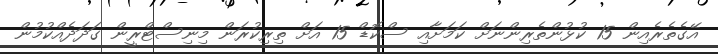
އޭގެތެރެއިން 15 ކުޅުންތެރިންނަށް ކަމަށާއި ސްކޮޑް 15 އަށް ތިރިކުރަން މިނިސްޓްރީން ގަދަދެއްކުމުން